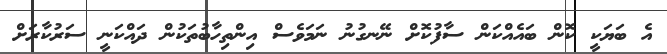
އެ ބަޔަކީ ކޮން ބައެއްކަން ސާފުކޮށް ނޭނގުނު ނަމަވެސް އިންތިހާބުތަކުން ދައްކަނީ ސަރުކާރަށް